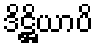
ဒိဋ္ဌိယာပိ